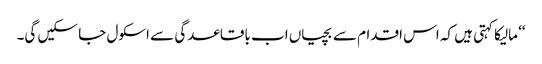
‘‘ مالیکا کہتی ہیں کہ اس اقدام سے بچیاں اب باقاعدگی سے اسکول جا سکیں گی۔